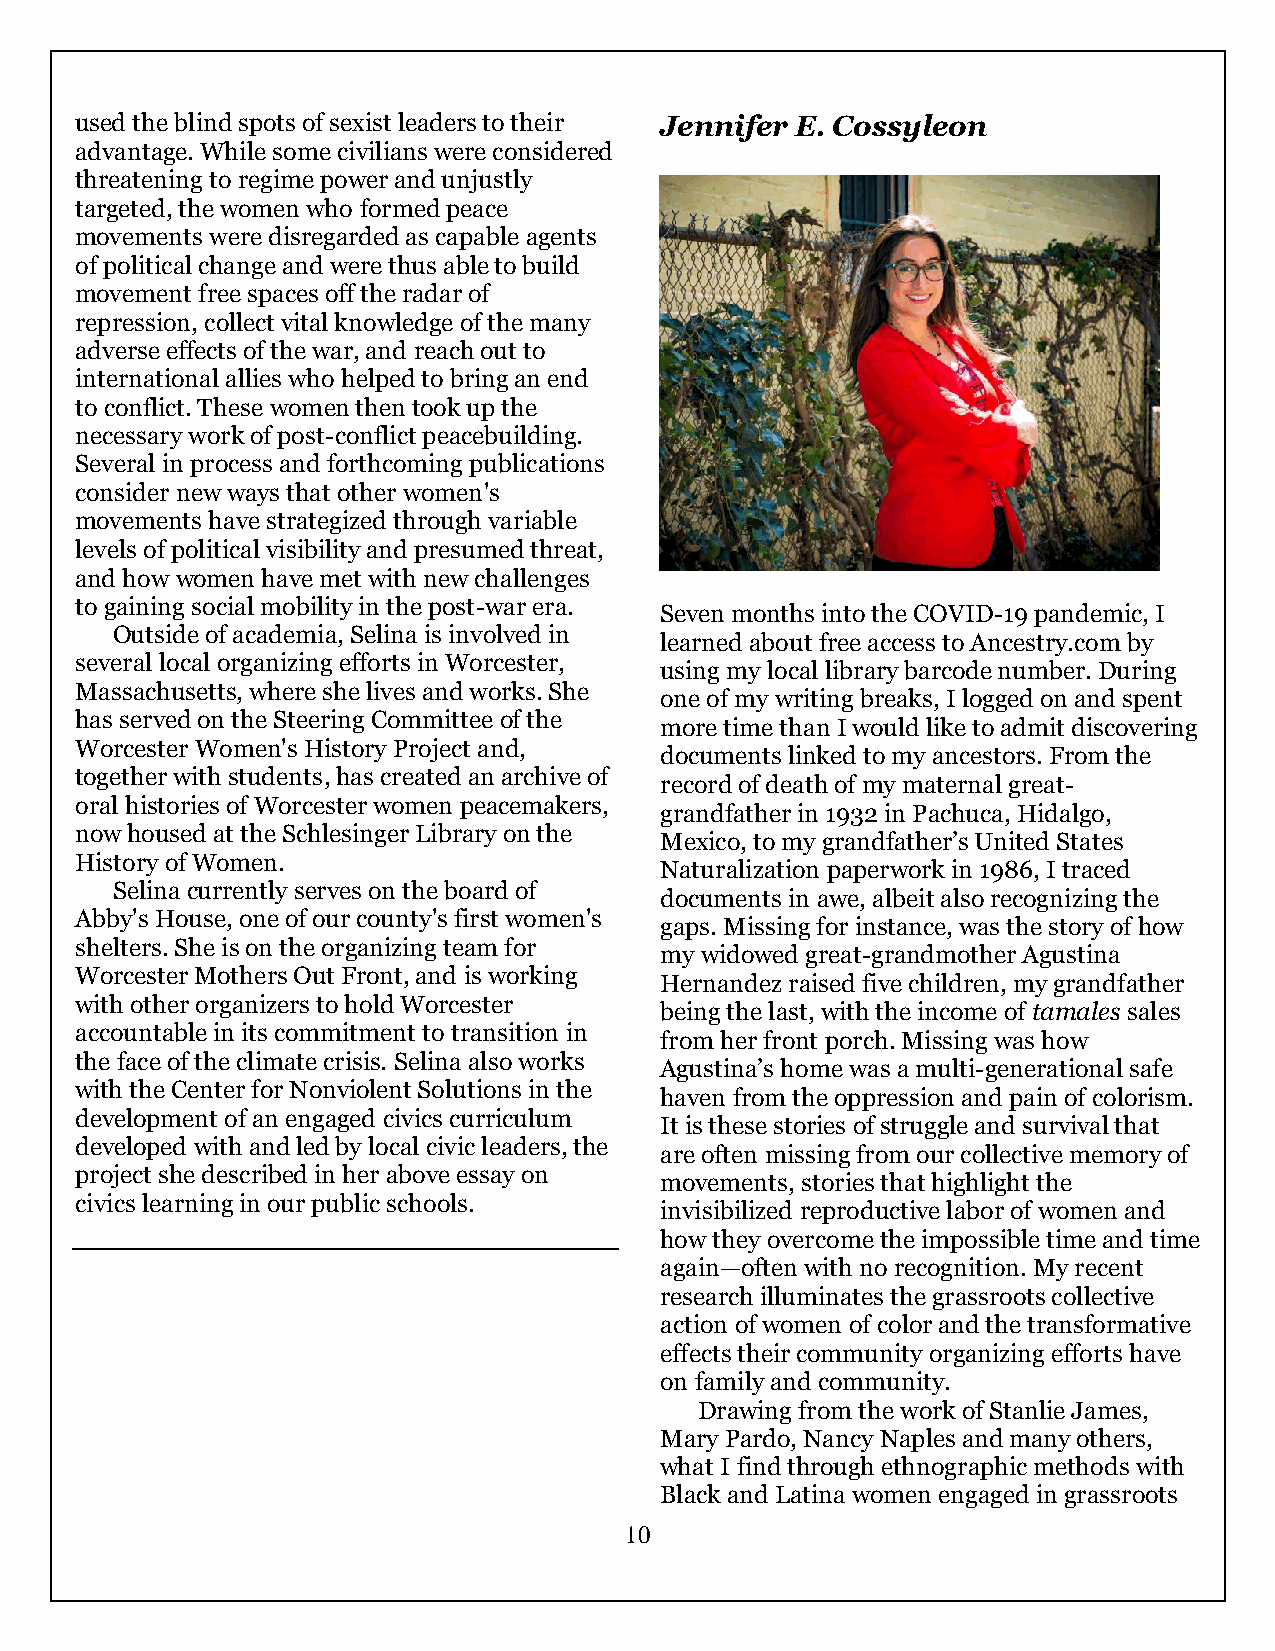
used the blind spots of sexist leaders to their Jennifer E. Cossyleon
 advantage. While some civilians were considered
 threatening to regime power and unjustly
 targeted, the women who formed peace
 movements were disregarded as capable agents
 of political change and were thus able to build
 movement free spaces off the radar of
 repression, collect vital knowledge of the many
 adverse effects of the war, and reach out to
 international allies who helped to bring an end
 to conflict. These women then took up the
 necessary work of post-conflict peacebuilding.
 Several in process and forthcoming publications
 consider new ways that other women's
 movements have strategized through variable
 levels of political visibility and presumed threat,
 and how women have met with new challenges
 to gaining social mobility in the post-war era.
 Seven months into the COVID-19 pandemic, I
 Outside of academia, Selina is involved in
 learned about free access to Ancestry.com by
 several local organizing efforts in Worcester,
 using my local library barcode number. During
 Massachusetts, where she lives and works. She
 one of my writing breaks, I logged on and spent
 has served on the Steering Committee of the
 more time than I would like to admit discovering
 Worcester Women's History Project and,
 documents linked to my ancestors. From the
 together with students, has created an archive of
 record of death of my maternal great-
 oral histories of Worcester women peacemakers,
 grandfather in 1932 in Pachuca, Hidalgo,
 now housed at the Schlesinger Library on the
 Mexico, to my grandfather’s United States
 History of Women.
 Naturalization paperwork in 1986, I traced
 Selina currently serves on the board of
 documents in awe, albeit also recognizing the
 Abby's House, one of our county's first women's
 gaps. Missing for instance, was the story of how
 shelters. She is on the organizing team for
 my widowed great-grandmother Agustina
 Worcester Mothers Out Front, and is working
 Hernandez raised five children, my grandfather
 with other organizers to hold Worcester
 being the last, with the income of tamales sales
 accountable in its commitment to transition in
 from her front porch. Missing was how
 the face of the climate crisis. Selina also works
 Agustina’s home was a multi-generational safe
 with the Center for Nonviolent Solutions in the
 haven from the oppression and pain of colorism.
 development of an engaged civics curriculum
 It is these stories of struggle and survival that
 developed with and led by local civic leaders, the
 are often missing from our collective memory of
 project she described in her above essay on
 movements, stories that highlight the
 civics learning in our public schools.
 invisibilized reproductive labor of women and
 how they overcome the impossible time and time
 again—often with no recognition. My recent
 research illuminates the grassroots collective
 action of women of color and the transformative
 effects their community organizing efforts have
 on family and community.
 Drawing from the work of Stanlie James,
 Mary Pardo, Nancy Naples and many others,
 what I find through ethnographic methods with
 Black and Latina women engaged in grassroots
 10